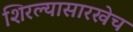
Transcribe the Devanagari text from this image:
शिरल्यासारखेच